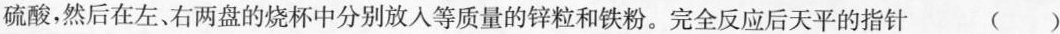
硫酸，然后在左、右两盘的烧杯中分别放入等质量的锌粒和铁粉。完全反应后天平的指针 ()